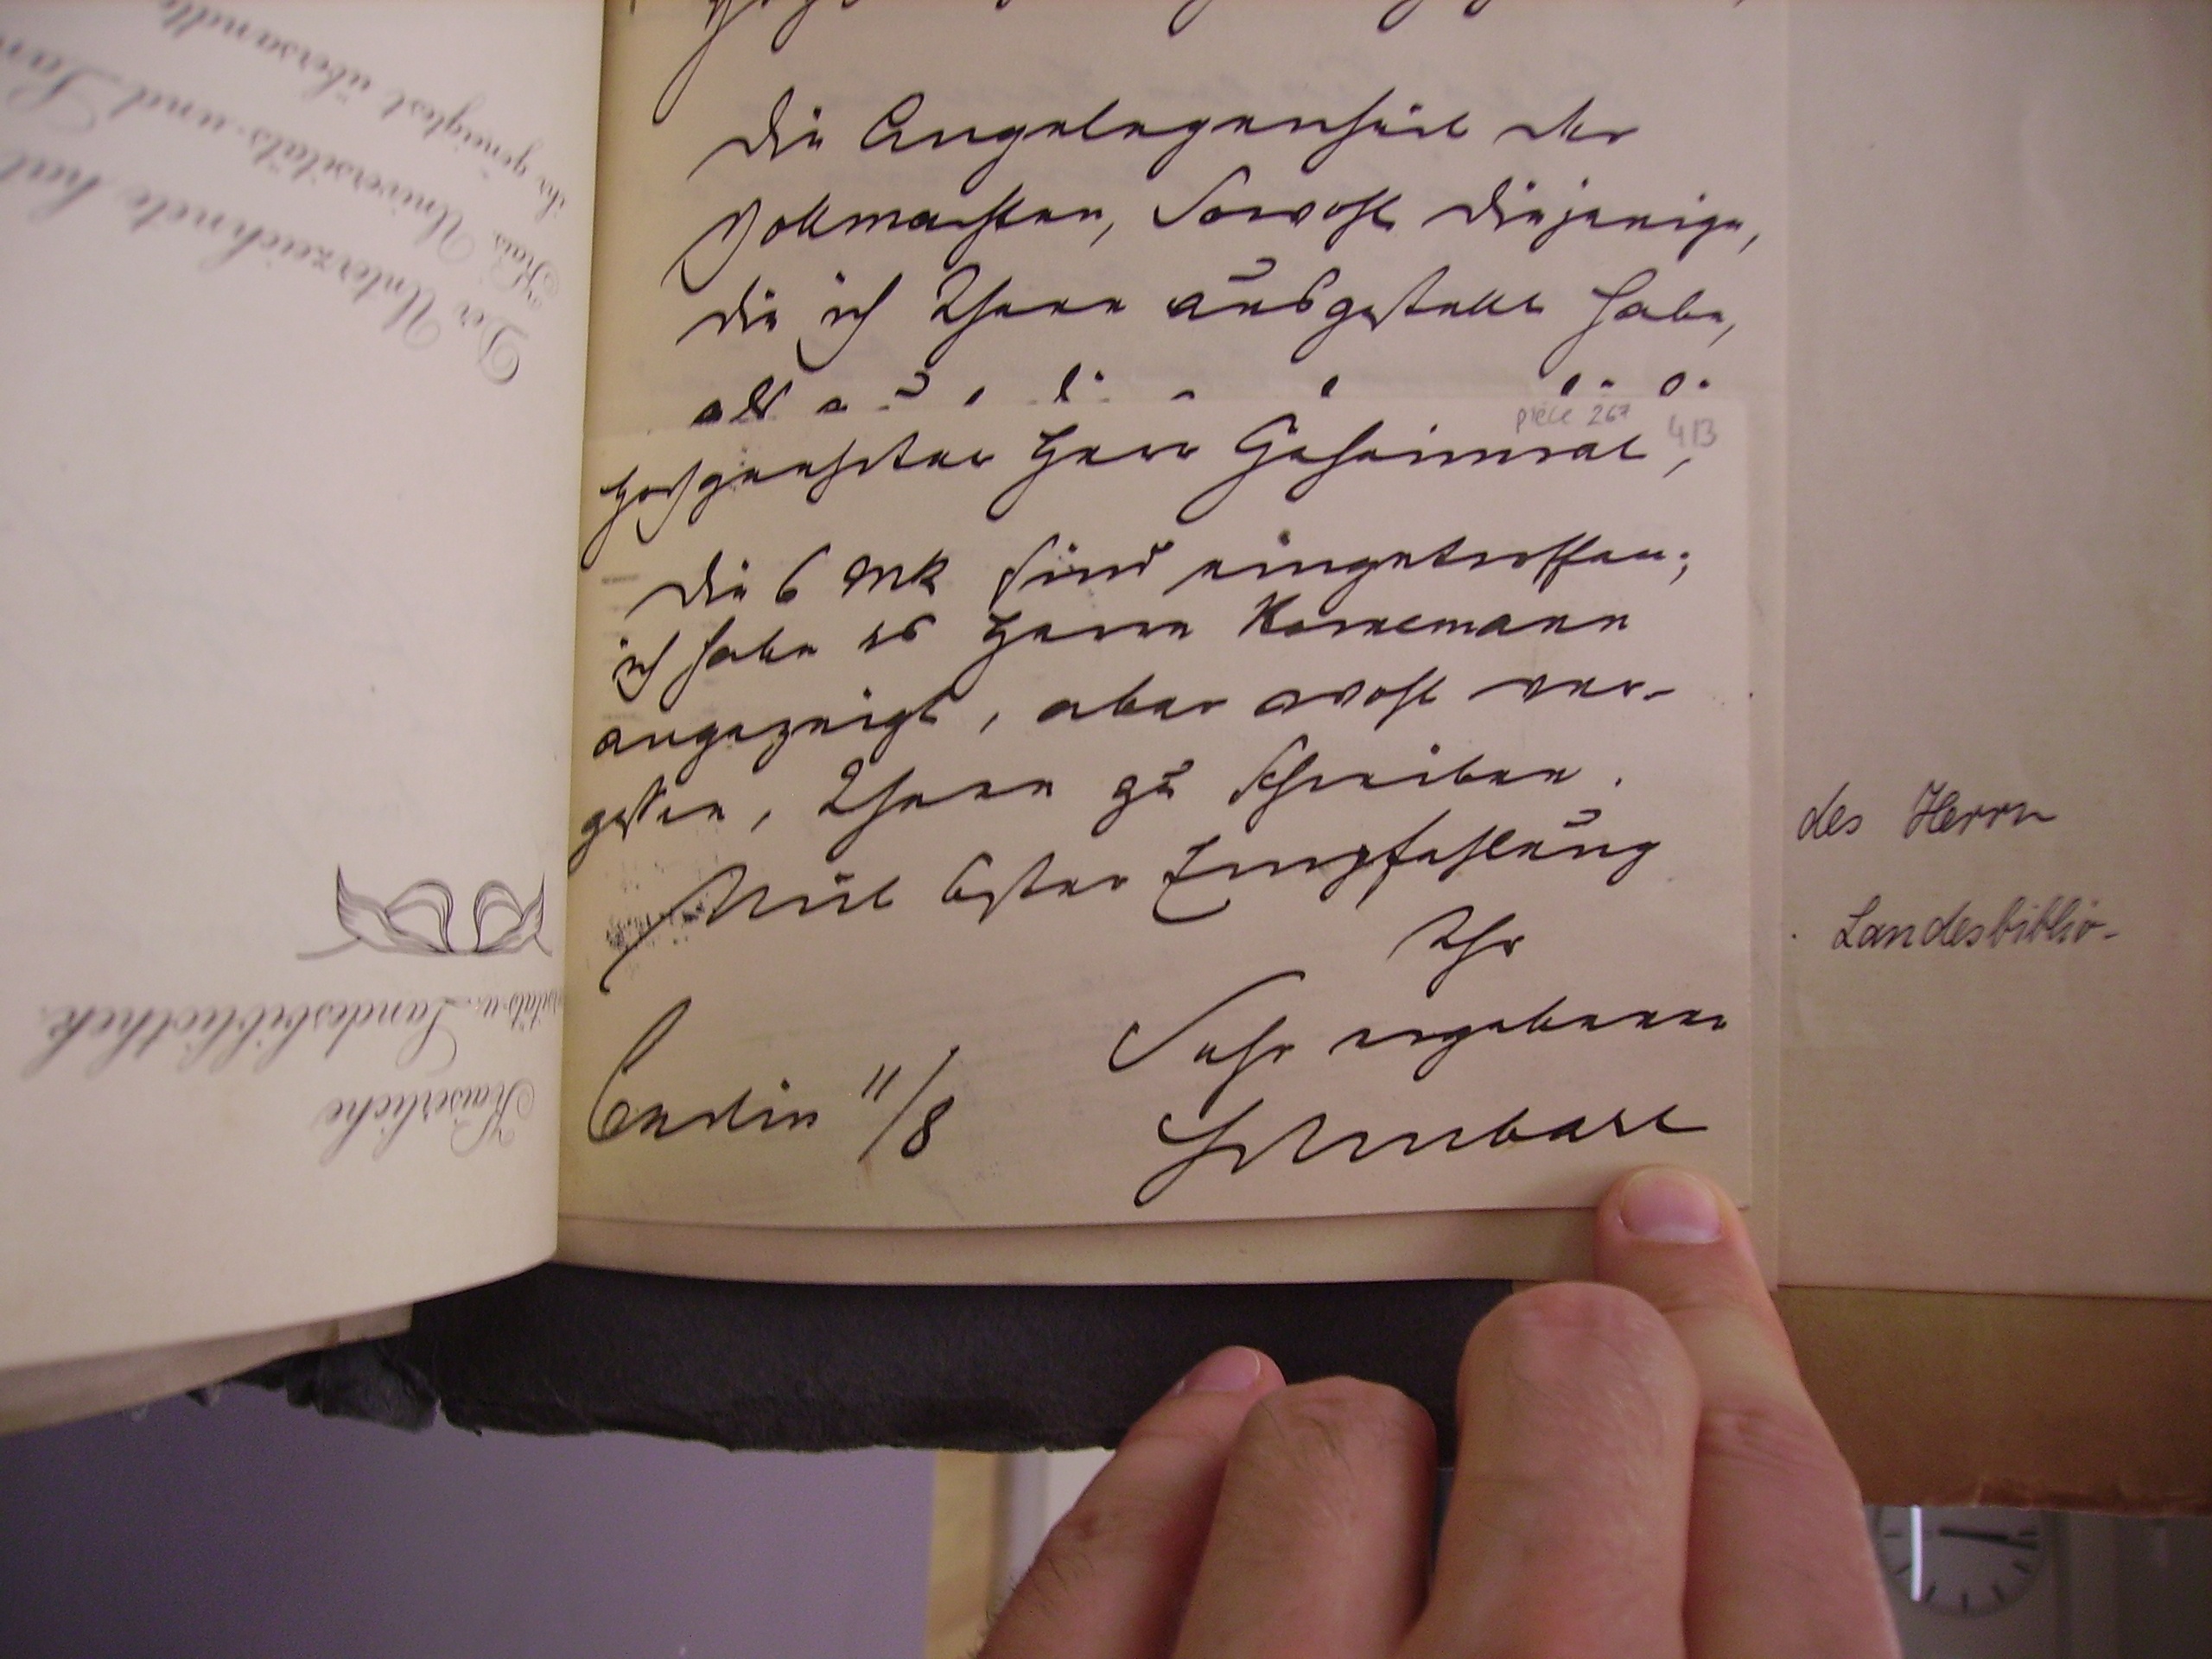
Hochgeehrter Herr Geheimrat,
die 6 Mk sind eingetroffen;
ich habe es Herrn Kornemann
angezeigt, aber wohl ver¬
gessen, Ihnen zu schreiben.
Mit bester Empfehlung
Ihr
sehr
ergebener
Berlin 11/8
Schubart